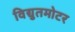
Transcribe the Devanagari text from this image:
विद्युतमोटर